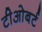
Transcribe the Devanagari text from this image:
टीओबर्ट